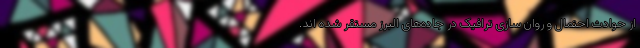
از حوادث احتمال و روان سازی ترافیک در جاده‌های البرز مستقر شده اند.